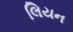
લિયન